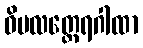
ဝိမလတ္ထေရဂါထာ